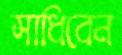
সাধিবেন